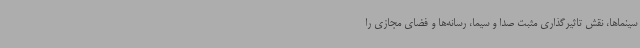
سینماها، نقش تاثیرگذاری مثبت صدا و سیما، رسانه‌ها و فضای مجازی را